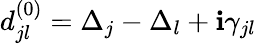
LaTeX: d_{jl}^{(0)}=\Delta_{j}-\Delta_{l}+\mathbf{i}\gamma_{jl}